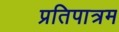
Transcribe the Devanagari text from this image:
प्रतिपात्रम